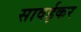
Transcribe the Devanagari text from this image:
सावईकर